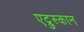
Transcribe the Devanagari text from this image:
एट्रुस्कान